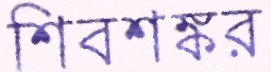
শিবশঙ্কর